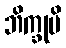
ဘိက္ခုပိ